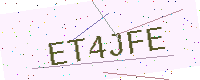
Text: ET4JFE